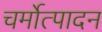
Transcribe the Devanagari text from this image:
चर्मोत्पादन